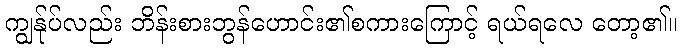
ကျွန်ုပ်လည်း ဘိန်းစားဘွန်ဟောင်း၏စကားကြောင့် ရယ်ရလေ တော့၏။